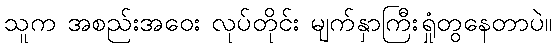
သူက အစည်းအဝေး လုပ်တိုင်း မျက်နှာကြီးရှုံတွနေတာပဲ။